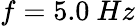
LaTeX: f=5.0\ Hz